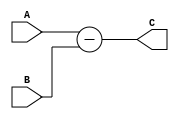
module subractor #(parameter dataIN_width = 4)(
    input [dataIN_width - 1 : 0]     A, B,
    output reg [dataIN_width -1 : 0] C
    );
    
always @ (A, B)
    C <= A - B;


endmodule